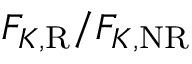
F _ { K , \mathrm { R } } / F _ { K , \mathrm { N R } }